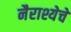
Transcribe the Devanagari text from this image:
नैराश्येचे